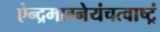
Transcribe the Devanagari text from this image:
ऐन्द्रमाग्नेयंचत्वाष्ट्रं